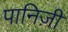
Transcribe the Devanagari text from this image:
पानिज़ी